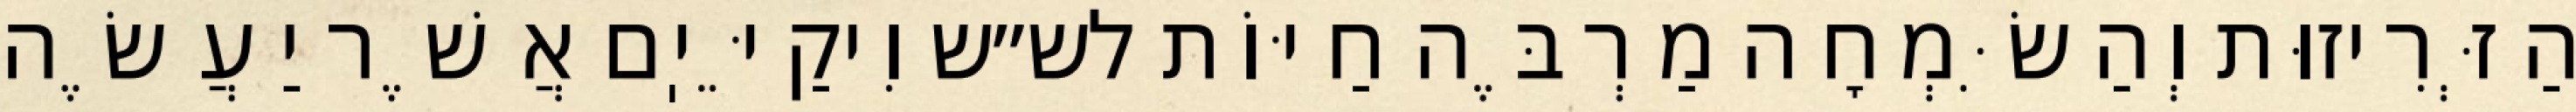
הַזְּרִיזוּת וְהַשִּׂמְחָה מַרְבֶּה חַיּוֹת לש״ש וִיקַיֵּיֽם אֲשֶׁר יַעֲשֶׂה